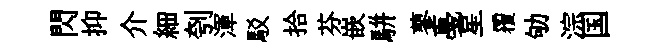
閃抑介細刳渾駁拾芬嵌駢蓼戞星覆劬淙国